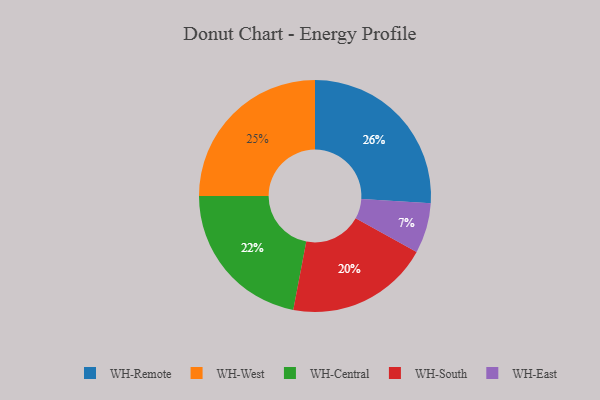
{"axis": {"x": "Category", "y": "Percentage"}, "legend": ["WH-Central", "WH-East", "WH-Remote", "WH-South", "WH-West"], "data": [{"x": "WH-West", "y": 25, "type": "WH-West"}, {"x": "WH-Remote", "y": 26, "type": "WH-Remote"}, {"x": "WH-South", "y": 20, "type": "WH-South"}, {"x": "WH-Central", "y": 22, "type": "WH-Central"}, {"x": "WH-East", "y": 7, "type": "WH-East"}]}